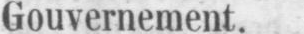
Gouvernement.